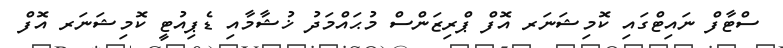
ސްޓާފް ނައިޓްގައި ކޮމިޝަނަރ އޮފް ޕްރިޒަންސް މުޙައްމަދު ޚުޝާމާއި ޑެޕިއުޓީ ކޮމިޝަނަރ އޮފް